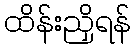
ထိန်းညှိရန်